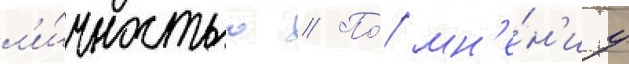
л'и́чностью // По́ мн'е́н'иу